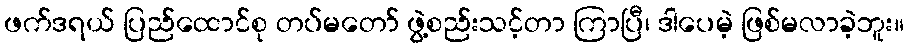
ဖက်ဒရယ် ပြည်ထောင်စု တပ်မတော် ဖွဲ့စည်းသင့်တာ ကြာပြီ၊ ဒါပေမဲ့ ဖြစ်မလာခဲ့ဘူး။